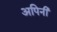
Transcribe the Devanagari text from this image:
अपिनी